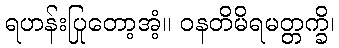
ရဟန်းပြုတော့အံ့။ ဝနတိမိရမတ္တက္ခိ၊